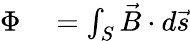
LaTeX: \begin{array}{rl}{\Phi}&{{}=\int_{S}\vec{B}\cdot d\vec{s}}\end{array}